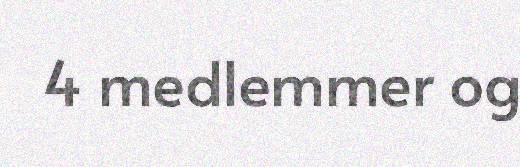
4 medlemmer og